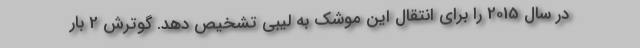
در سال 2015 را برای انتقال این موشک به لیبی تشخیص دهد. گوترش 2 بار